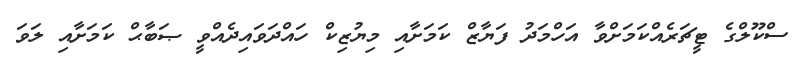
ސްކޫލްގެ ޓީޗަރެއްކަމަށްވާ އަހްމަދު ފަޔާޒް ކަމަށާއި މިޔުޒިކް ހައްދަވައިދެއްވީ ޞަބާޙް ކަމަށާއި ލަވަ